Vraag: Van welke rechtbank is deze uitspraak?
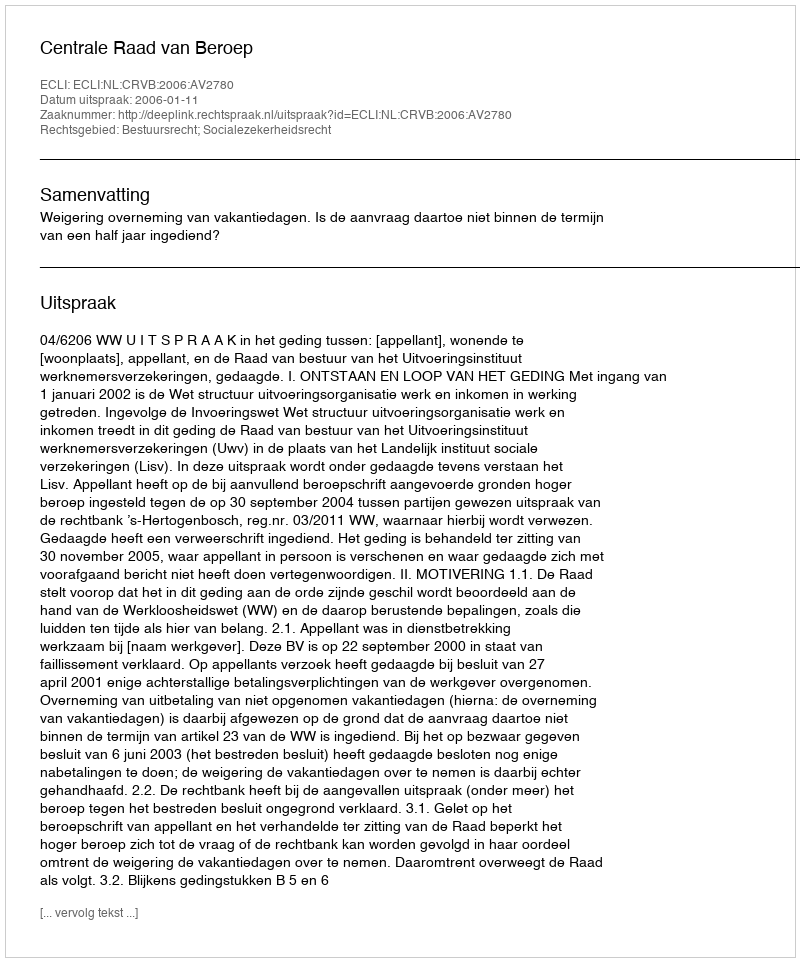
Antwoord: Centrale Raad van Beroep